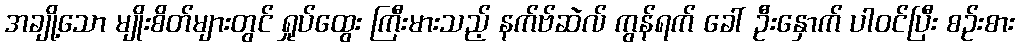
အချို့သော မျိုးစိတ်များတွင် ရှုပ်ထွေး ကြီးမားသည့် နက်ဗ်ဆဲလ် ကွန်ရက် ခေါ် ဦးနှောက် ပါဝင်ပြီး စဉ်းစား